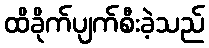
ထိခိုက်ပျက်စီးခဲ့သည်